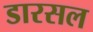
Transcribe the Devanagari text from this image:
डारसल